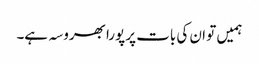
ہمیں تو ان کی بات پر پورا بھروسہ ہے۔